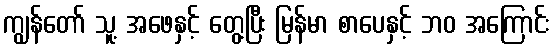
ကျွန်တော် သူ့ အဖေနှင့် တွေ့ပြီး မြန်မာ စာပေနှင့် ဘဝ အကြောင်း